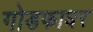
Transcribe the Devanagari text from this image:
गोडफाधर